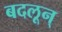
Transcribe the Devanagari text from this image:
बदलून्